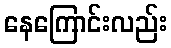
နေကြောင်းလည်း